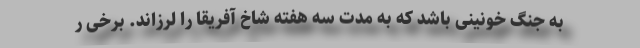
به جنگ خونینی باشد که به مدت سه هفته شاخ آفریقا را لرزاند. برخی ر